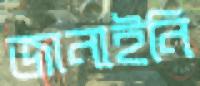
জানাইনি